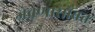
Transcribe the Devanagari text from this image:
जेवणासोबत